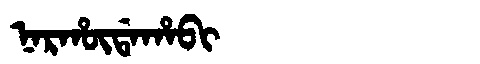
Manchu: ᠨᠠᡵᡥᡡᡩᠠᡥᠠᠪᡳ
Romanization: NARHŪDAHABI